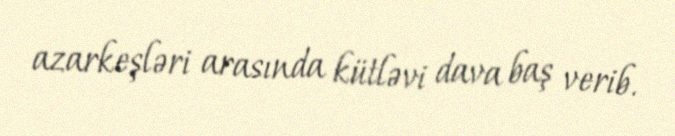
azarkeşləri arasında kütləvi dava baş verib.